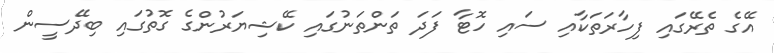
އޭގެ ތެރޭގައި ފިހާރަތަކާއި ސައި ހޮޓާ ފަދަ ތަންތަނުގައި ކޭޝިޔަރުންގެ ގޮތުގައި ބިދޭސީން